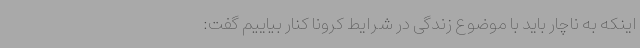
اینکه به ناچار باید با موضوع زندگی در شرایط کرونا کنار بیاییم گفت: